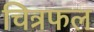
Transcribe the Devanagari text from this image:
चित्रफल